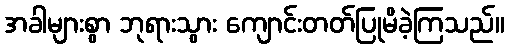
အခါများစွာ ဘုရားသွား ကျောင်းတတ်ပြုမိခဲ့ကြသည်။